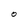
Character: O